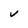
Character: v